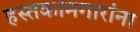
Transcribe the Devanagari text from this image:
हस्तकामगारांना